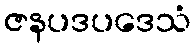
ဇနပဒပဒေသံ